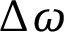
\Delta \omega